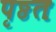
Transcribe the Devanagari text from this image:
पृष्ठतः